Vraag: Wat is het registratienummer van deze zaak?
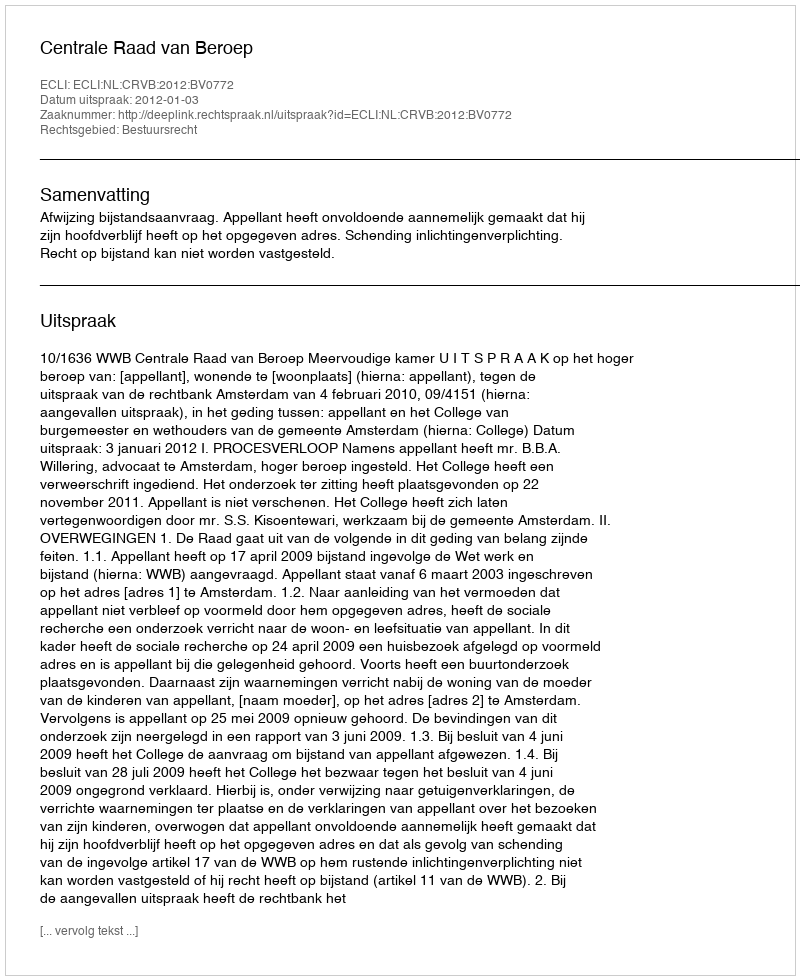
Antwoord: http://deeplink.rechtspraak.nl/uitspraak?id=ECLI:NL:CRVB:2012:BV0772